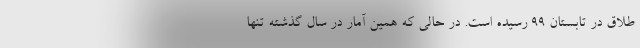
طلاق در تابستان ۹۹ رسیده است. در حالی که همین آمار در سال گذشته تنها